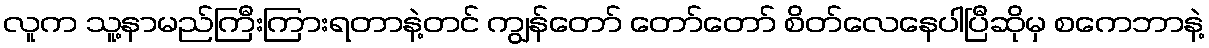
လူက သူ့နာမည်ကြီးကြားရတာနဲ့တင် ကျွန်တော် တော်တော် စိတ်လေနေပါပြီဆိုမှ စကေဘာနဲ့